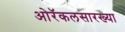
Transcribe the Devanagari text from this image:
ओरॅकलसारख्या